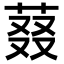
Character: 𬝉